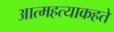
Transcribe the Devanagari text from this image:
आत्महत्याकहते